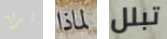
تريه لماذا تبلل